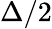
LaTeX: \Delta/2